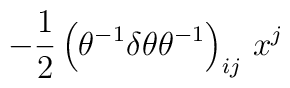
-\frac{1}{2}\left( \theta ^{-1}\delta \theta 	\theta ^{-1}\right) _{ij}\,x^{j}